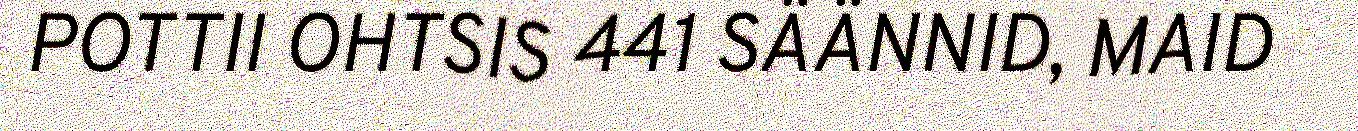
POTTII OHTSIS 441 SÄÄNNID, MAID